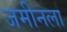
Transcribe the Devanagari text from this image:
जमीनला